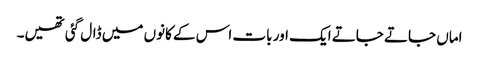
اماں جاتے جاتے ایک اور بات اس کے کانوں میں ڈال گئی تھیں۔